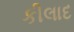
કીલાદ